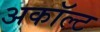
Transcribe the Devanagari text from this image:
अकॉल्ट